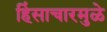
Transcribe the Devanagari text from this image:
हिंसाचारमुळे